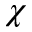
\chi